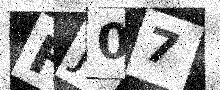
Text: HJ07